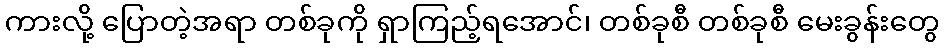
ကားလို့ ပြောတဲ့အရာ တစ်ခုကို ရှာကြည့်ရအောင်၊ တစ်ခုစီ တစ်ခုစီ မေးခွန်းတွေ